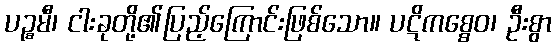
ပဉ္စမီ၊ ငါးခုတို့၏ပြည့်ကြောင်းဖြစ်သော။ ပဋိကစ္စေဝ၊ ဦးစွာ